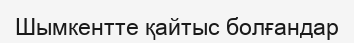
Шымкентте қайтыс болғандар